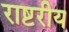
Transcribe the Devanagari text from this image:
राष्टरीय